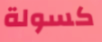
كسولة